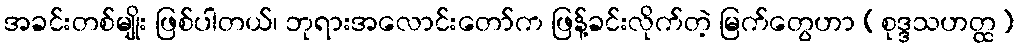
အခင်းတစ်မျိုး ဖြစ်ပါတယ်၊ ဘုရားအလောင်းတော်က ဖြန့်ခင်းလိုက်တဲ့ မြက်တွေဟာ (စုဒ္ဒသဟတ္ထ)